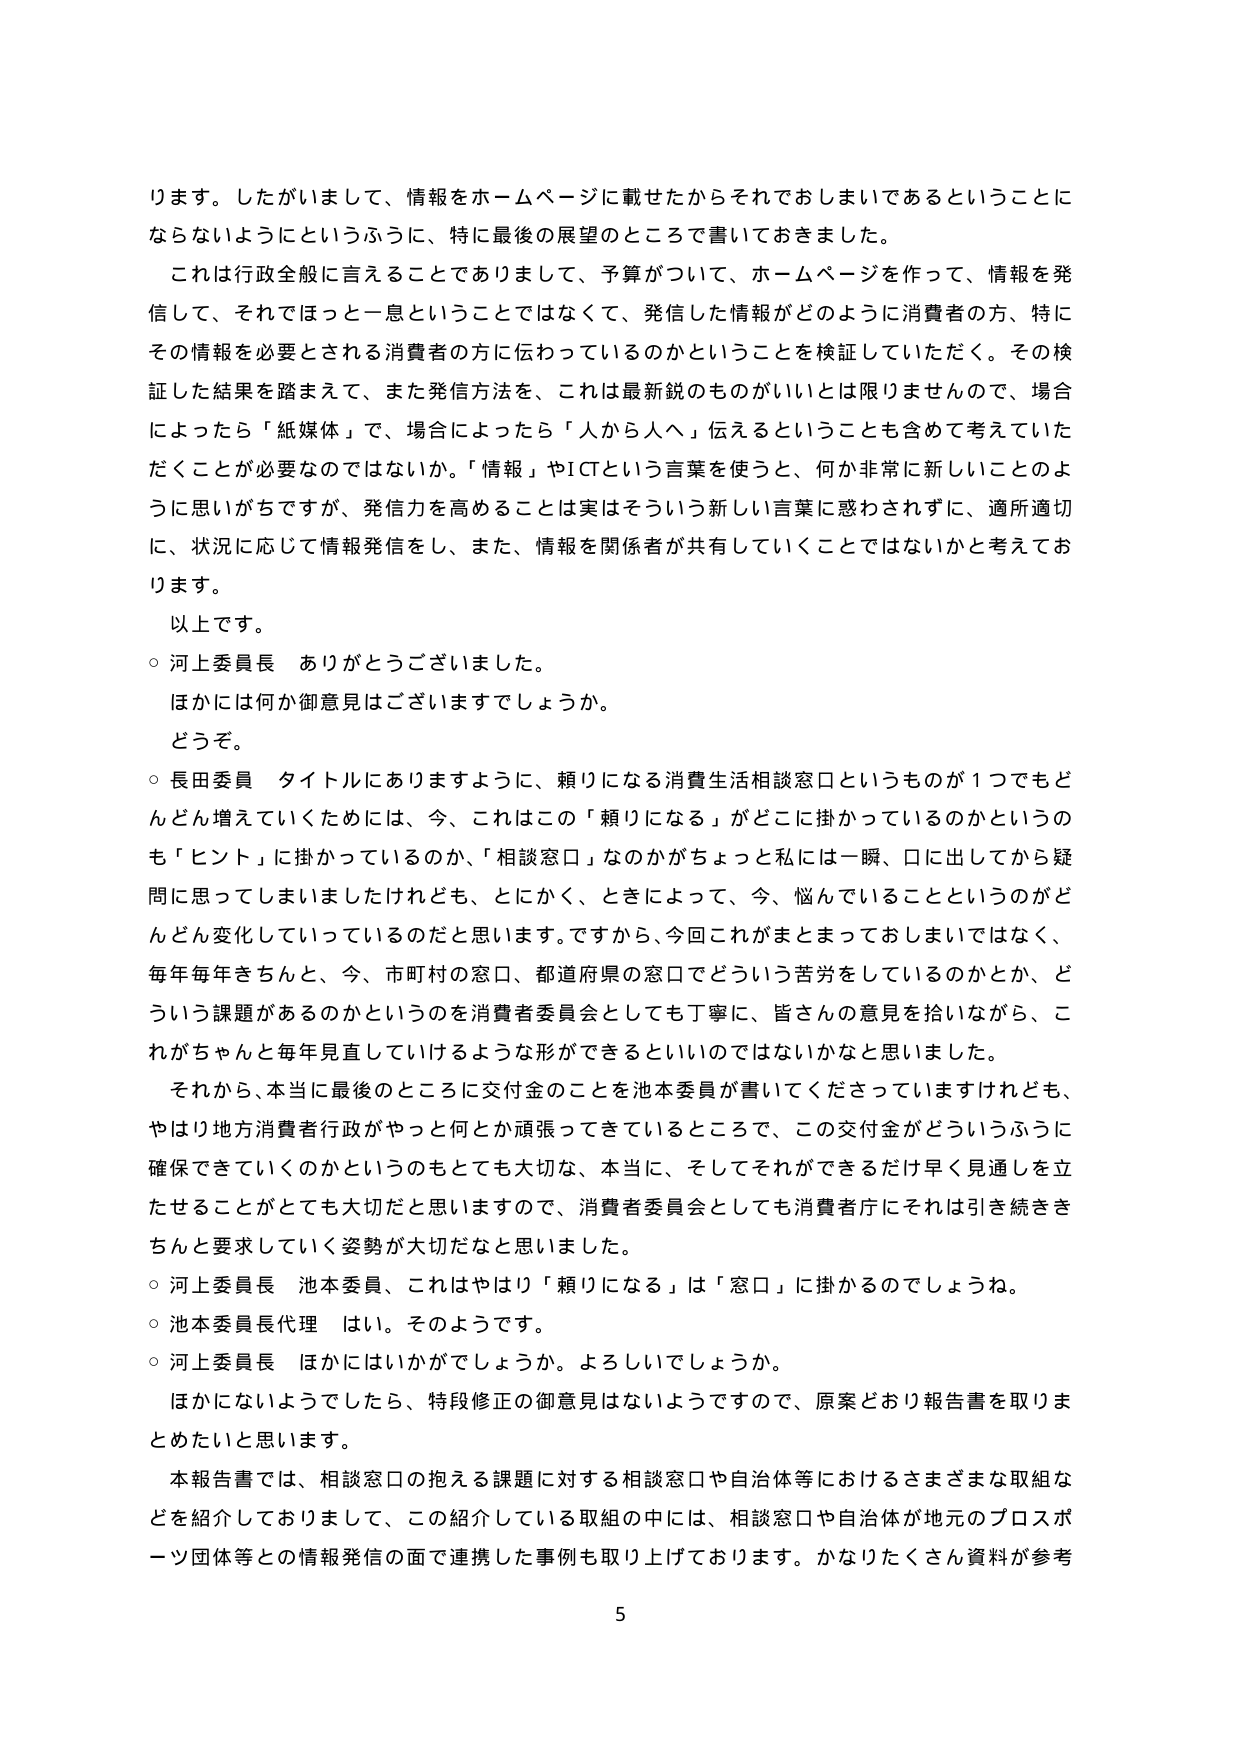
ります。したがいまして、情報をホームページに載せたからそれでおしまいであるということにならないようにというふうに、特に最後の展望のところで書いておきました。

これは行政全般に言えることでありまして、予算がついて、ホームページを作って、情報を発信して、それではっと一息ということではなくて、発信した情報がどのように消費者の方、特にその情報を必要とされる消費者の方に伝わっているのかということを検証していただく。その検証した結果を踏まえて、また発信方法を、これは最新鋭のものがいいとは限りませんので、場合によってたら「紙媒体」で、場合によってたら「人から人へ」伝えるということも含めて考えていただくことが必要なのではないか。「情報」やICTという言葉を使うと、何か非常に新しいことのように思いがちですが、発信力を高めることは実にそういう新しい言葉に惑わされずに、適所適切に、状況に応じて情報発信をし、また、情報を関係者が共有していくことではないかと考えております。

以上です。

○ 河上委員長 ありがとうございました。

ほかには何か御意見はございますでしょうか。

どうぞ。

○ 長田委員 タイトルにありますように、頼りになる消費生活相談窓口というものが1つでもどんどん増えていくためには、今、これはこの「頼りになる」がどこに掛かっているのかというのも「ヒント」に掛かっているのか、「相談窓口」なのかがちょっと私には一瞬、口に出してから疑問に思ってしまいましたけれども、とにかく、ときによって、今、悩んでいることというのがどんどん変化していっているのだと思います。ですから、今回これがまとまっておしまいではなく、毎年毎年きちんと、今、市町村の窓口、都道府県の窓口でどういう苦労をしているのかとか、どういう課題があるのかというのを消費者委員会としても丁寧に、皆さんの意見を拾いながら、これがちゃんと毎年見直していけるような形ができるといいのではないかと思いました。

それから、本当に最後のところに交付金のことを池本委員が書いてくださっていますけれども、やはり地方消費者行政がやっと何とか頑張ってきているところで、この交付金がどういうふうに確保できていくのかというのもとても大切な、本当に、そしてそれができるだけ早く見通しを立たせることができても大切だと思いますので、消費者委員会としても消費者庁にそれは引き続ききちんと要求していく姿勢が大切だと思いました。

○ 河上委員長 池本委員、これはやはり「頼りになる」は「窓口」に掛かるのでしょうね。

○ 池本委員長代理 はい。そのようです。

○ 河上委員長 ほかにはいかがでしょうか。よろしいでしょうか。

ほかにないようでしたら、特段修正の御意見はないようですので、原案どおり報告書を取りまとめたいと思います。

本報告書では、相談窓口の抱える課題に対する相談窓口や自治体等におけるさまざまな取組などを紹介しておりまして、この紹介している取組の中には、相談窓口や自治体が地元のプロスポーツ団体等との情報発信の面で連携した事例も取り上げております。かなりたくさん資料が参考

5